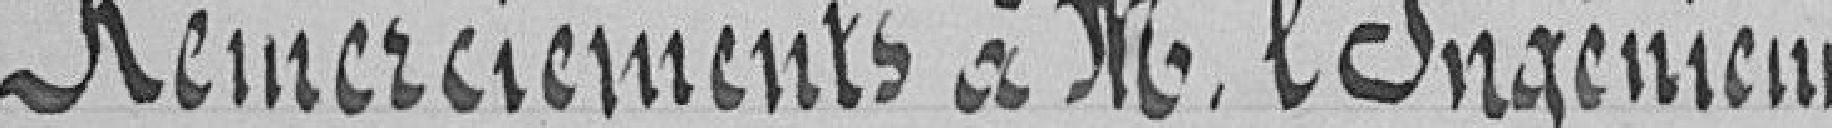
Remerciements à M. l'Ingénieur